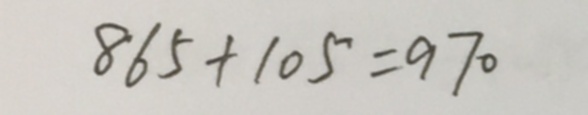
8 6 5 + 1 0 5 = 9 7 0